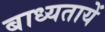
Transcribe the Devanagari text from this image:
बाध्यतायें